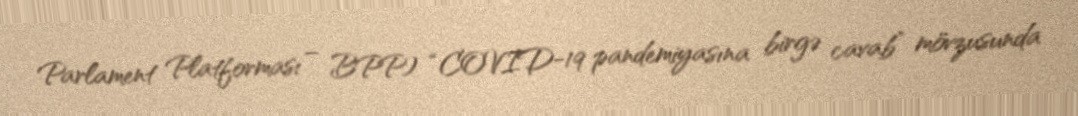
Parlament Platforması – BPP) “COVID-19 pandemiyasına birgə cavab” mövzusunda